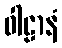
ဝါဠာနံ